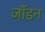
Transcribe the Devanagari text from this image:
जॉडन